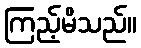
ကြည့်မိသည်။